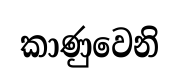
කාණුවෙනි